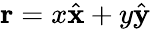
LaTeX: {\mathbf r}=x\hat{\mathbf x}+y\hat{\mathbf y}